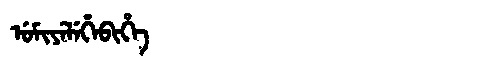
Manchu: ᡠᠮᡳᠶᡝᠯᡝᡥᡝᠪᡳᡥᡝ
Romanization: UMIYELEHEBIHE